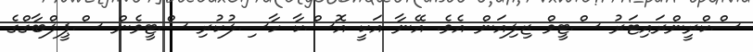
ސްކްރީންރައިޓަރު ސްޓީވް ޒިލިއަން އެވެ. އޭނާ އަކީ އޮސްކާ ހާސިލުކުރި ސްޓީވެން ސްޕީލްބާގްގެ